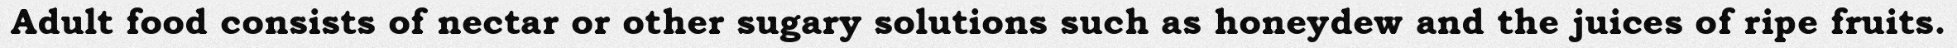
Adult food consists of nectar or other sugary solutions such as honeydew and the juices of ripe fruits.